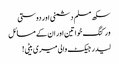
سکھ مسلم دشمنی اور دوستی
ورکنگ خواتین اور ان کے مسائل
لیدر جیکٹ والی میری بیٹی!